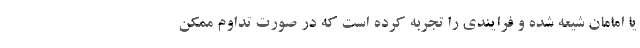
یا امامان شیعه شده و فرایندی را تجربه کرده است که در صورت تداوم ممکن